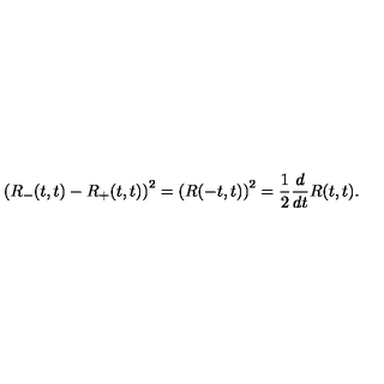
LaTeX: \left( R _ { - } ( t , t ) - R _ { + } ( t , t ) \right) ^ { 2 } = \left( R ( - t , t ) \right) ^ { 2 } = { \frac { 1 } { 2 } } { \frac { d } { d t } } R ( t , t ) .